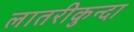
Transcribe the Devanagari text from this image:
लातरीकुन्दा